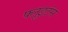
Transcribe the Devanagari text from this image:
फ्लूइटंस